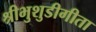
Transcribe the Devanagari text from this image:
श्रीभुशुडीगीता